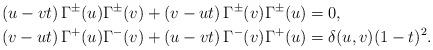
LaTeX: \begin{align*}\left(u-{vt}\right)\Gamma^\pm(u)\Gamma^\pm(v)+ \left(v-ut \right)\Gamma^\pm(v)\Gamma^\pm(u)&=0,\\\left(v-ut\right)\Gamma^+(u)\Gamma^-(v)+\left(u-vt\right)\Gamma^-(v)\Gamma^+(u)&=\delta(u,v)(1-t)^2.\end{align*}